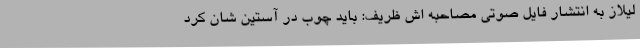
لیلاز به انتشار فایل صوتی مصاحبه اش ظریف: باید چوب در آستین شان کرد